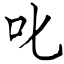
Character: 叱